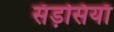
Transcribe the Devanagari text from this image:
सँड़सियाँ